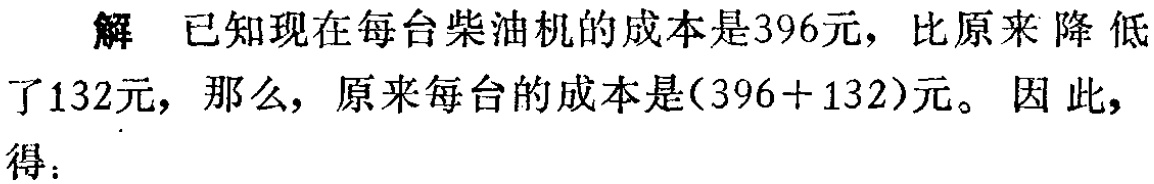
解 已知现在每台柴油机的成本是396元，比原来降低了132元，那么，原来每台的成本是\((396 + 132)\)元。 因此，得：